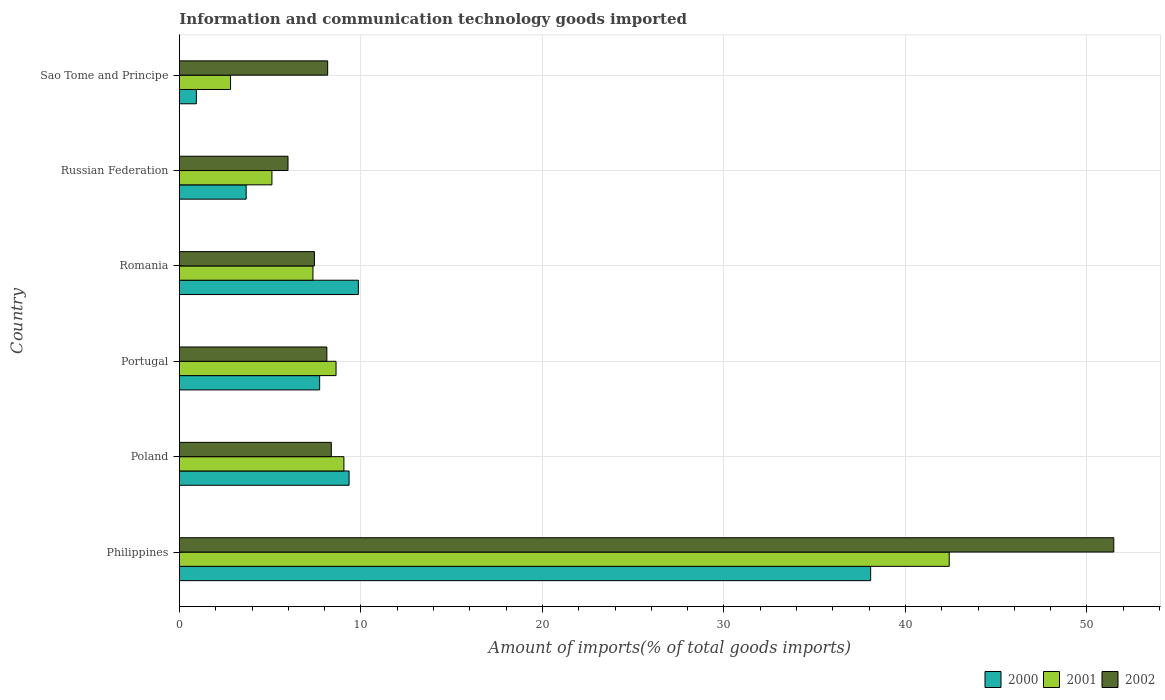
| Country | 2000 | 2001 | 2002 |
 | --- | --- | --- | --- |
 | Philippines | 38.1 | 42.4 | 51.5 |
 | Poland | 9.35 | 9.06 | 8.37 |
 | Portugal | 7.73 | 8.63 | 8.12 |
 | Romania | 9.86 | 7.36 | 7.44 |
 | Russian Federation | 3.68 | 5.1 | 5.98 |
 | Sao Tome and Principe | 0.933 | 2.82 | 8.17 |